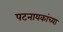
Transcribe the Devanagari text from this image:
पटनायकांच्या